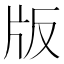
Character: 版